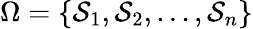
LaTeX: \Omega=\{ \mathcal{S}_{1},\mathcal{S}_{2},\ldots,\mathcal{S}_{n}\}